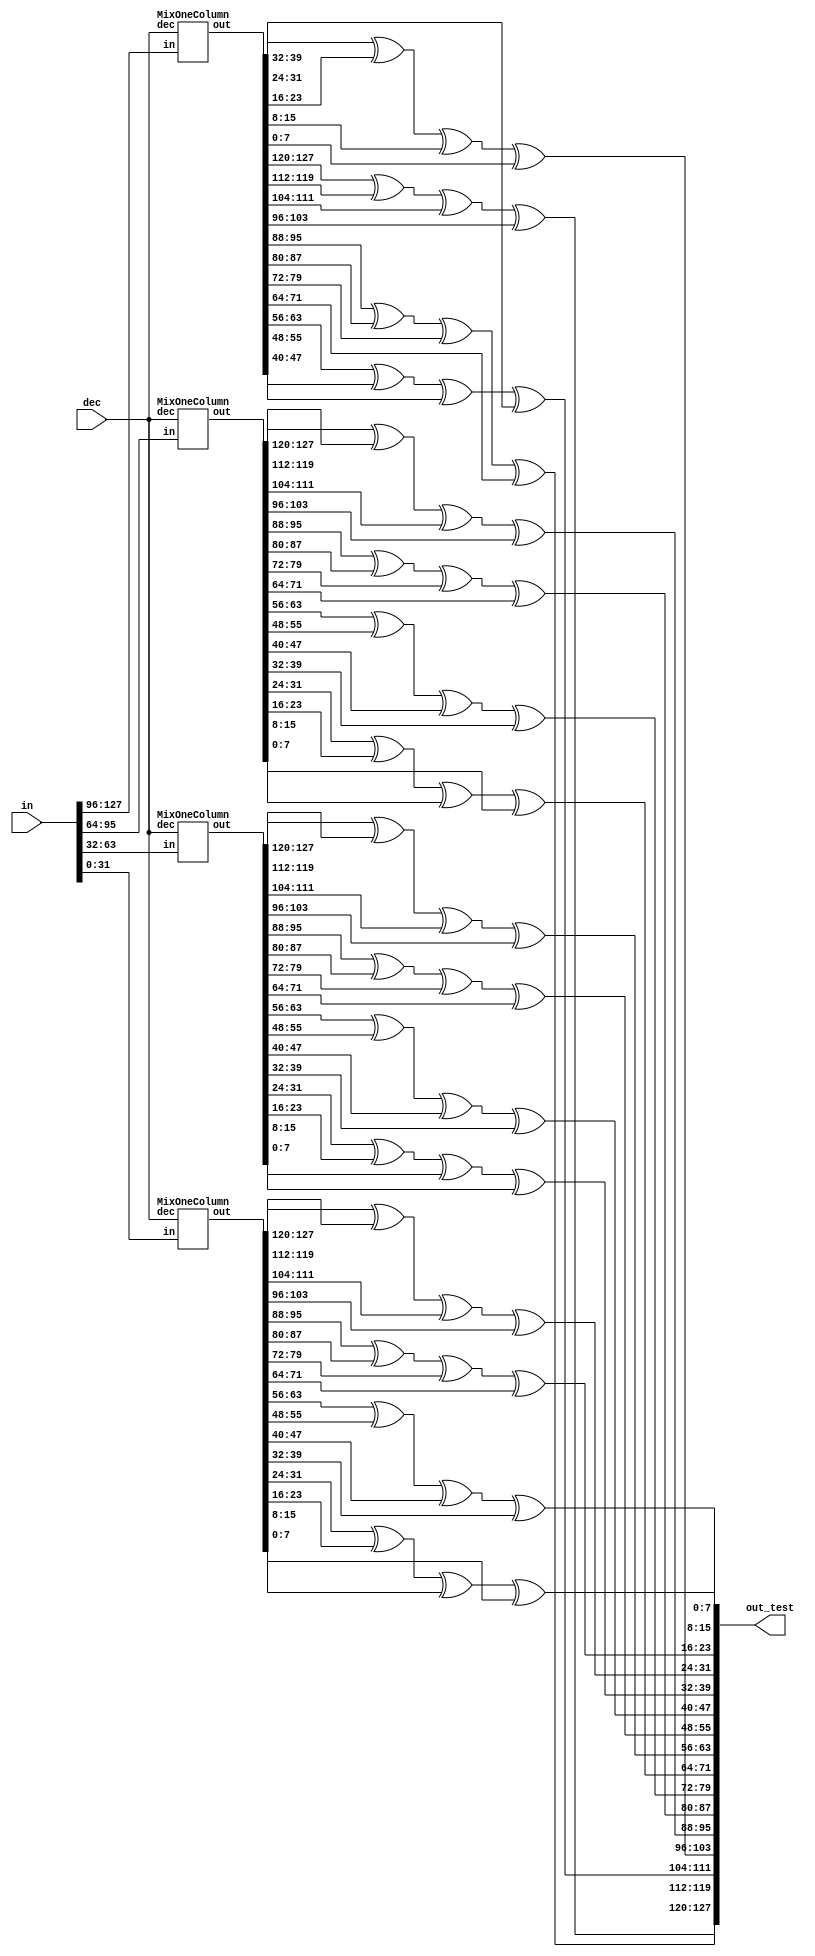
module MixColumn (
    in,dec,out_test // out_test is original mixcolumn(include xor)
);
//in : 16 byte array, out : 4*4*4 byte array
//in:    A0  A4  A8  A12
//       A1  A5  A9  A13
//       A2  A6  A10 A14
//       A3  A7  A11 A15

//out : first layer first column --> C0 4 component (4 byte)
//                  sec          --> C1
//      second      first        --> C4
//{C0,C1,C2...C15}
input [127:0] in;
input dec;
wire [511:0] out;
output [127:0] out_test;



//MixOneColumn m1(.in(A[0:3]),.out(C[0:3]),.dec(dec));
MixOneColumn m1(.in(in[127:96]),.out(out[511:384]),.dec(dec)); // one output layer
MixOneColumn m2(.in(in[95:64]),.out(out[383:256]),.dec(dec));
MixOneColumn m3(.in(in[63:32]),.out(out[255:128]),.dec(dec));
MixOneColumn m4(.in(in[31:0]),.out(out[127:0]),.dec(dec));

wire [31:0] C_beforeXOR [0:15];
wire [7:0] C_afterXOR [0:15];
assign {C_beforeXOR[0],C_beforeXOR[1],C_beforeXOR[2],C_beforeXOR[3],
        C_beforeXOR[4],C_beforeXOR[5],C_beforeXOR[6],C_beforeXOR[7],
        C_beforeXOR[8],C_beforeXOR[9],C_beforeXOR[10],C_beforeXOR[11],
        C_beforeXOR[12],C_beforeXOR[13],C_beforeXOR[14],C_beforeXOR[15]} = out;

assign out_test = { C_afterXOR[0],  C_afterXOR[1],  C_afterXOR[2],  C_afterXOR[3],
                    C_afterXOR[4],  C_afterXOR[5],  C_afterXOR[6],  C_afterXOR[7],
                    C_afterXOR[8],  C_afterXOR[9],  C_afterXOR[10], C_afterXOR[11],
                    C_afterXOR[12], C_afterXOR[13], C_afterXOR[14], C_afterXOR[15]};

genvar i;
generate
    for (i=0;i<16;i=i+1) begin
        assign C_afterXOR[i] = (
        C_beforeXOR[i][31:24] ^ C_beforeXOR[i][23:16] ^ C_beforeXOR[i][15:8] ^ C_beforeXOR[i][7:0]
        );
    end
endgenerate

    

endmodule

module MixOneColumn(in,out,dec);
input [31:0] in;
input dec;
output [127:0] out;//one layer
/*multiply matrix
ProductGenerator mapping
E B D 9      4 2 3 1     A0
9 E B D  --\ 1 4 2 3  X  A1
D 9 E B  --/ 3 1 4 2     A2
B D 9 E      2 3 1 4     A3
*/
wire [7:0] A [0:3];//input
wire [7:0] C0 [0:3]; // one output column
wire [7:0] C1 [0:3];
wire [7:0] C2 [0:3];
wire [7:0] C3 [0:3];
assign out = {C0[0],C0[1],C0[2],C0[3],
              C1[0],C1[1],C1[2],C1[3],
              C2[0],C2[1],C2[2],C2[3],
              C3[0],C3[1],C3[2],C3[3]};

assign A[0] = in[31:24];
assign A[1] = in[23:16];
assign A[2] = in[15:8];
assign A[3] = in[7:0];

ProductGenerator p0(.in(A[0]),.dec(dec),.out1(C1[0]),.out2(C3[0]),.out3(C2[0]),.out4(C0[0]));
ProductGenerator p1(.in(A[1]),.dec(dec),.out1(C2[1]),.out2(C0[1]),.out3(C3[1]),.out4(C1[1]));
ProductGenerator p2(.in(A[2]),.dec(dec),.out1(C3[2]),.out2(C1[2]),.out3(C0[2]),.out4(C2[2]));
ProductGenerator p3(.in(A[3]),.dec(dec),.out1(C0[3]),.out2(C2[3]),.out3(C1[3]),.out4(C3[3]));


endmodule


module ProductGenerator (
    in,dec,out1,out2,out3,out4
);//out1:1/9 out2:3/B out3:1/D out4:2/E

input [7:0] in;
input dec;
output [7:0] out1,out2,out3,out4;

wire [7:0] inx2,inx4,inx8; // inx4,inx8 = 0 when enc
wire [7:0] muxx2;// = 0 when enc

assign muxx2 = (dec)? inx2 : 0;

Xtime x1(.in(in),.out(inx2));
Xtime x2(.in(muxx2),.out(inx4));
Xtime x3(.in(inx4),.out(inx8));

assign out1 = in ^ inx8;
assign out2 = inx2 ^ out1;
assign out3 = inx4 ^ out1;
assign out4 = inx8 ^ inx4 ^ inx2;

    
endmodule

module Xtime(
    in,out
);

input [7:0] in;
output [7:0] out;

wire [7:0] shiftin;
wire [7:0] msb_xor;

assign shiftin[7:1] = in[6:0];
assign shiftin[0]   = in[7];

assign msb_xor = {3'b0,in[7],in[7],1'b0,in[7],1'b0};

assign out = shiftin ^ msb_xor;

endmodule